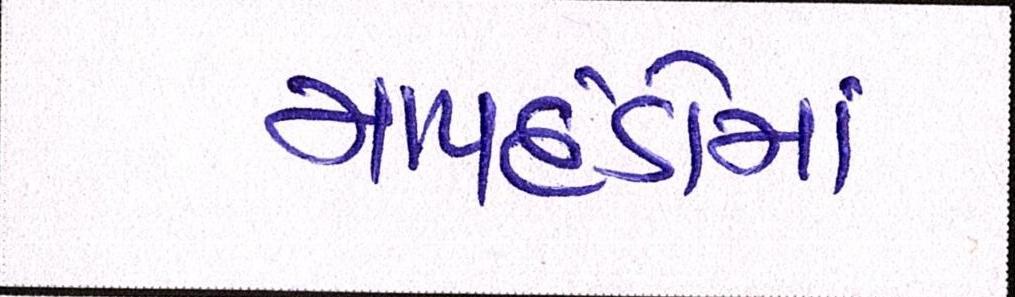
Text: માપદંડોમાં